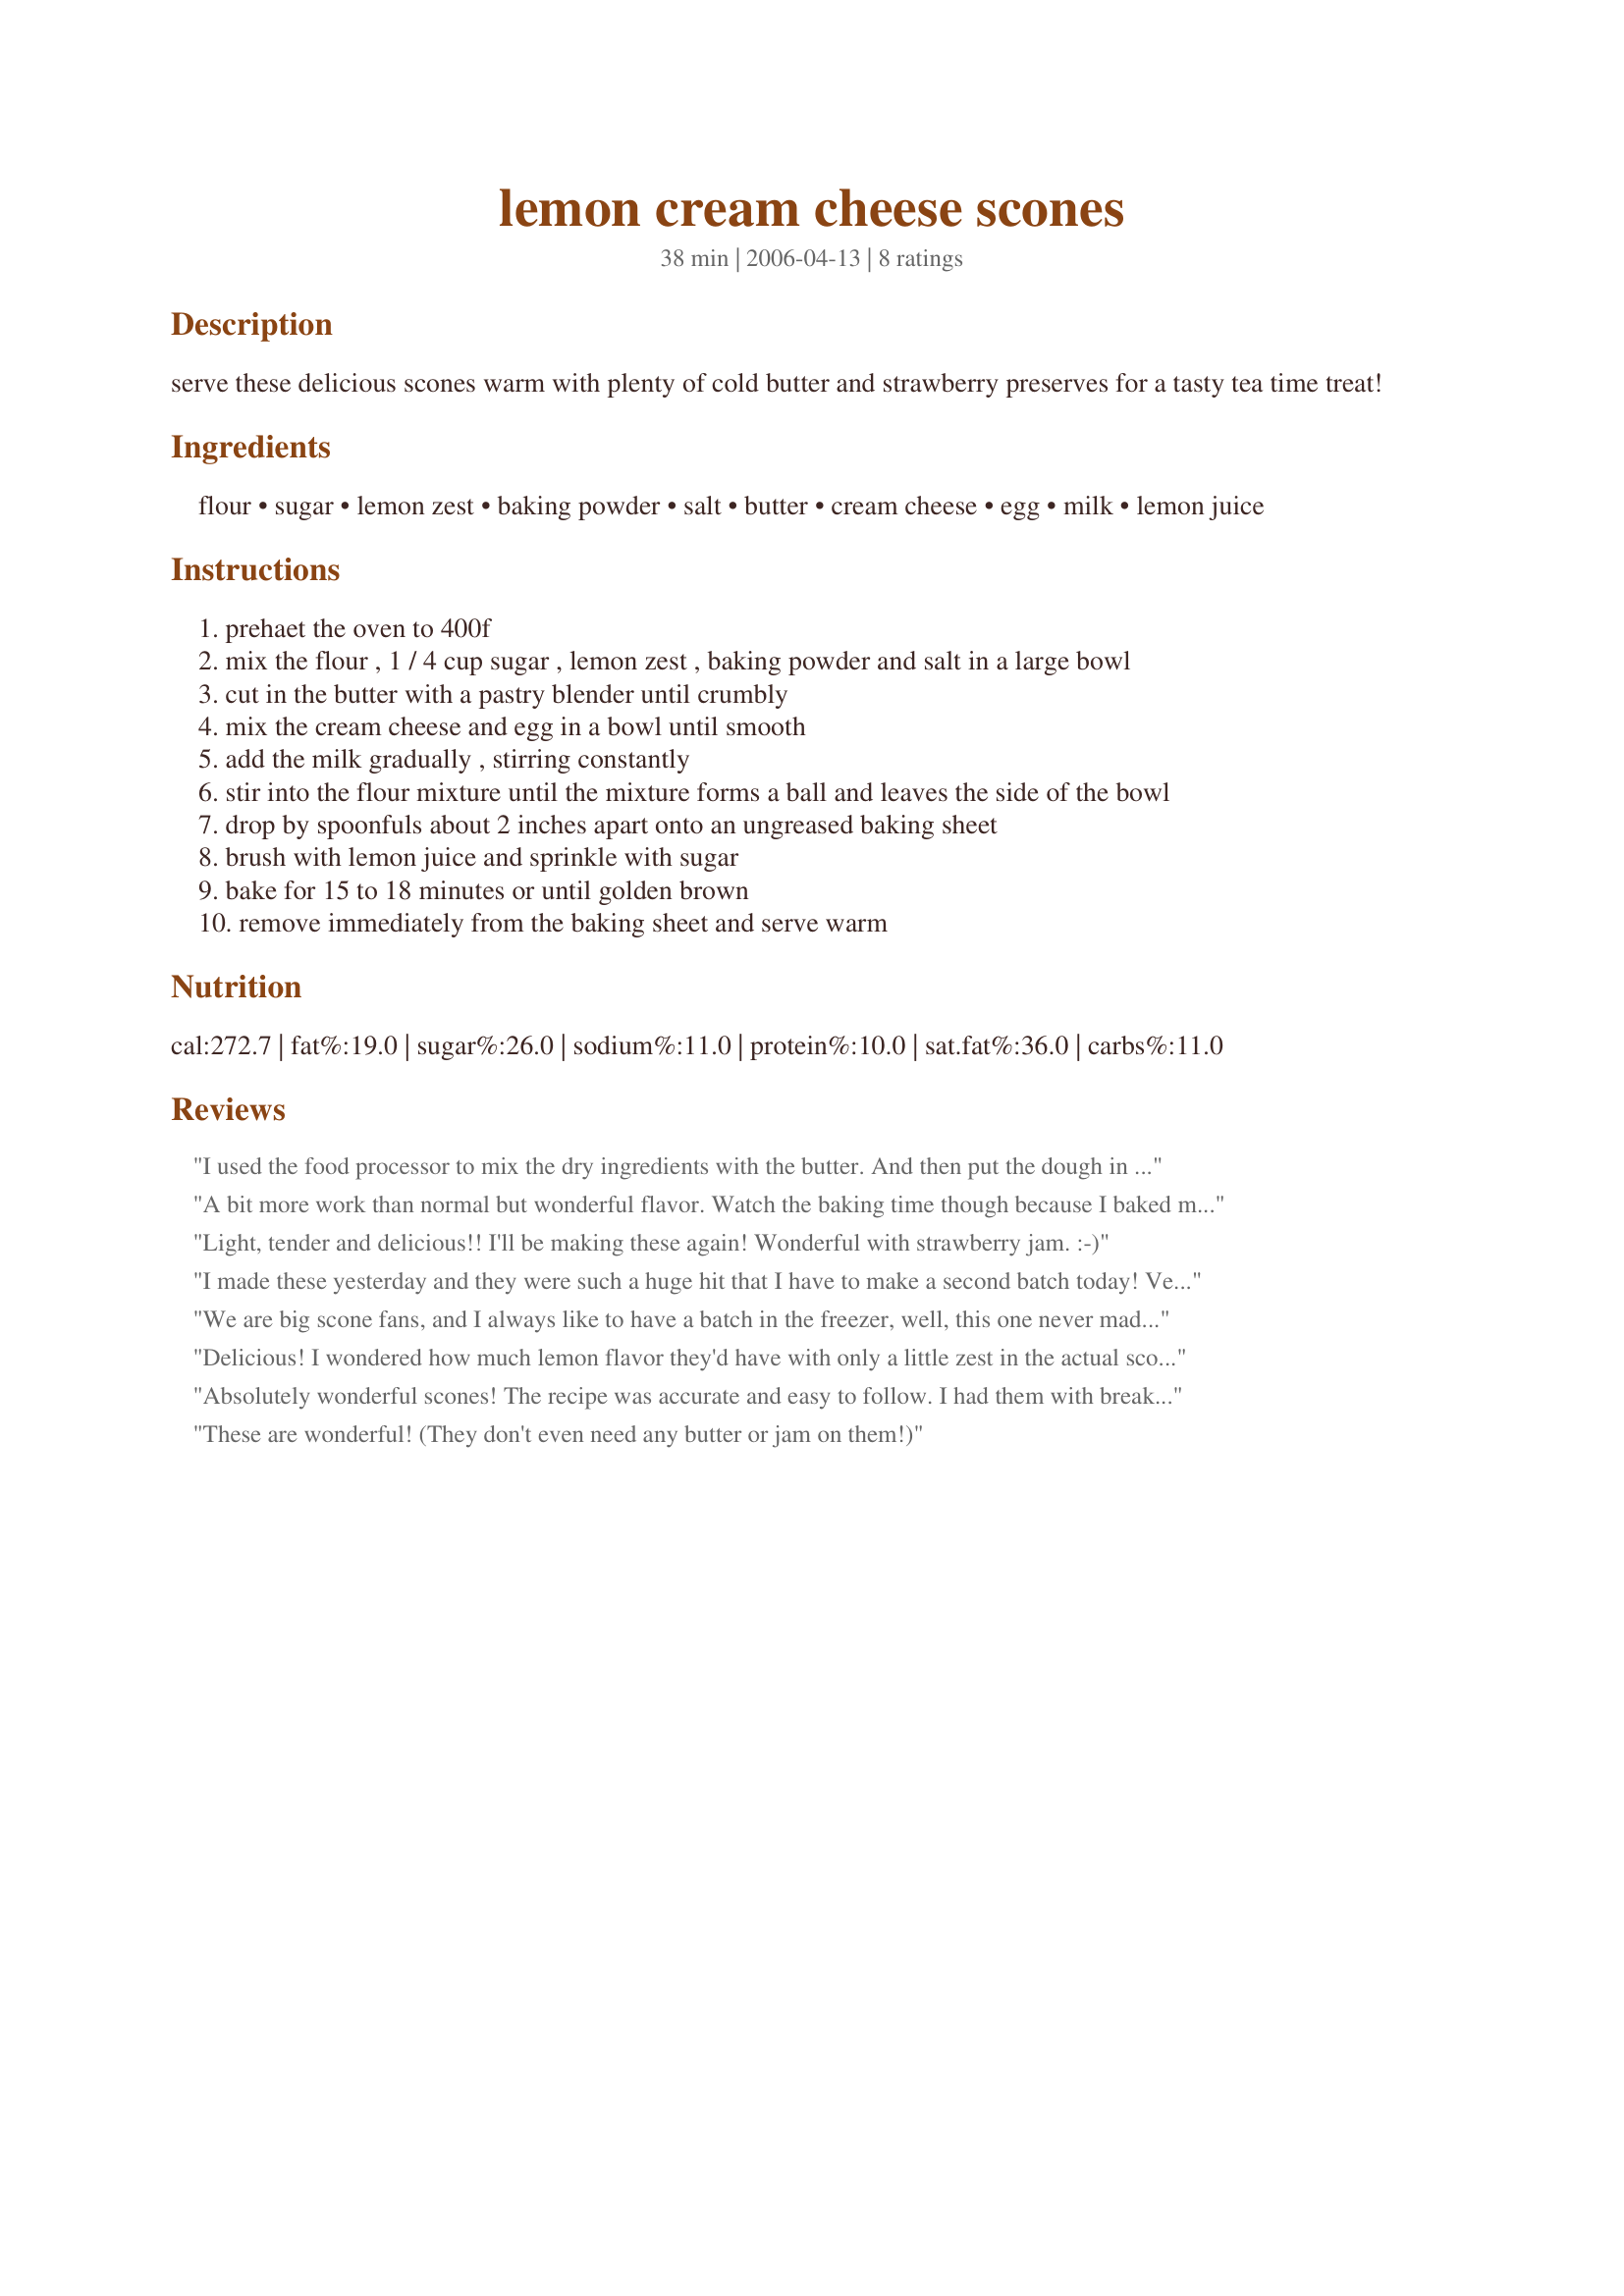
lemon cream cheese scones
Preparation time: 38 minutes

serve these delicious scones warm with plenty of cold butter and strawberry preserves for a tasty tea time treat!

Ingredients:
flour, sugar, lemon zest, baking powder, salt, butter, cream cheese, egg, milk, lemon juice

Steps:
prehaet the oven to 400f
mix the flour , 1 / 4 cup sugar , lemon zest , baking powder and salt in a large bowl
cut in the butter with a pastry blender until crumbly
mix the cream cheese and egg in a bowl until smooth
add the milk gradually , stirring constantly
stir into the flour mixture until the mixture forms a ball and leaves the side of the bowl
drop by spoonfuls about 2 inches apart onto an ungreased baking sheet
brush with lemon juice and sprinkle with sugar
bake for 15 to 18 minutes or until golden brown
remove immediately from the baking sheet and serve warm

Reviews:
I used the food processor to mix the dry ingredients with the butter. And then put the dough in a circle and cut in 8 pieces. Great taste and texture. Thanks Tasty Tidbits :) Made for all you can cook buffet
A bit more work than normal but wonderful flavor. Watch the baking time though because I baked mine for 15 minutes and the crust was already on the hard side. Tastes great with fresh strawberries.
Light, tender and delicious!! I'll be making these again! Wonderful with strawberry jam. :-)
I made these yesterday and they were such a huge hit that I have to make a second batch today! Very good.
We are big scone fans, and I always like to have a batch in the freezer, well, this one never made it to the freezer! Delicious. The addition of the cream cheese resulted in a crumb that was almost 'cakey' and very, very tender. I served these with lots of butter and homemade strawberry preserves for breakfast and we had no leftovers.
Delicious! I wondered how much lemon flavor they'd have with only a little zest in the actual scone, but they were really quite wonderful! I doubled the recipe as I was making this for work and needed more than eight. It was impossible to get all of the dry ingredients combined into the liquid so I had to add a little more milk... maybe another 1/4 cup. I rolled these out into a circle on a cutting board dusted with only the dry scone ingredients that weren't completely absorbed into the dough (two circles, actually, since I'd doubled the recipe) and then cut them into wedges like more traditional scones. Also, I ended up baking them 20 minutes in order to get them done (not sure if that's because I doubled the recipe or because I used an insulated cookie sheet, or my oven's a little off). Then I served them with balsamic strawberries -- my own take on strawberry shortcake. FANTASTIC!
Absolutely wonderful scones! The recipe was accurate and easy to follow. I had them with breakfast today. I will be making another batch for strawberry shortcake tomorrow.
These are wonderful! (They don't even need any butter or jam on them!)
